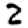
Digit: 2